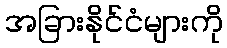
အခြားနိုင်ငံများကို